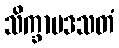
သိက္ခာပဒသတံ